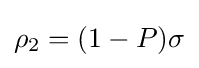
\rho _{2}=(1-P)\sigma